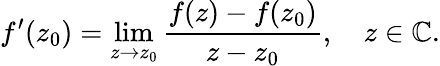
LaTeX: f^{\prime}(z_{0})=\operatorname*{lim}_{z\to z_{0}}{\frac{f(z)-f(z_{0})}{z-z_{0}}},\quad z\in\mathbb{C}.